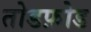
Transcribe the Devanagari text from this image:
तोडफ़ोड